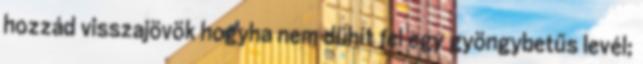
hozzád visszajövök hogyha nem dühít fel egy gyöngybetűs levél;